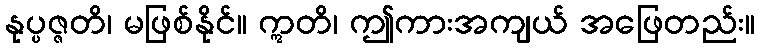
နုပ္ပဇ္ဇတိ၊ မဖြစ်နိုင်။ ဣတိ၊ ဤကားအကျယ် အဖြေတည်း။